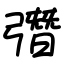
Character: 㣅